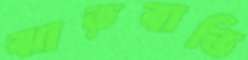
ঝাড়বাতি